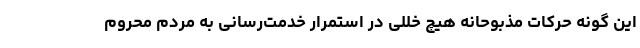
این گونه حرکات مذبوحانه هیچ خللی در استمرار خدمت‌رسانی به مردم محروم